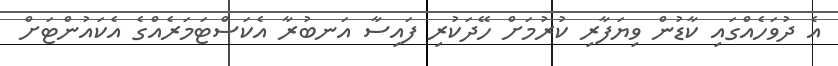
އެ ދުވަހެއްގައި ކާޑުން ވިޔަފާރި ކުރުމަށް ހޭދަކުރި ފައިސާ އަނބުރާ އެކަސްޓަމަރެއްގެ އެކައުންޓަށް